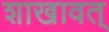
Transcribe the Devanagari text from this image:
शाखावत्